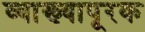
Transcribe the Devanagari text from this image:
व्याख्यापूरक